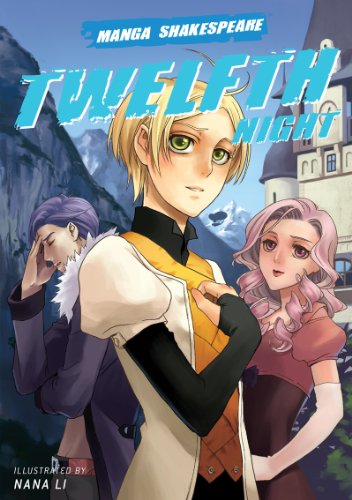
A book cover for Manga Shakespeare: Twelfth Night; William Shakespeare; Teen & Young Adult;